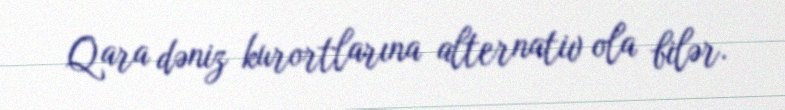
Qara dəniz kurortlarına alternativ ola bilər.